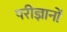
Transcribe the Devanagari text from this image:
परीज्ञानों